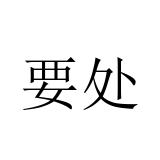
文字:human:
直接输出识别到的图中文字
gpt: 要处